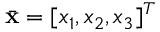
\bar { \mathbf { x } } = [ x _ { 1 } , x _ { 2 } , x _ { 3 } ] ^ { T }